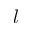
l